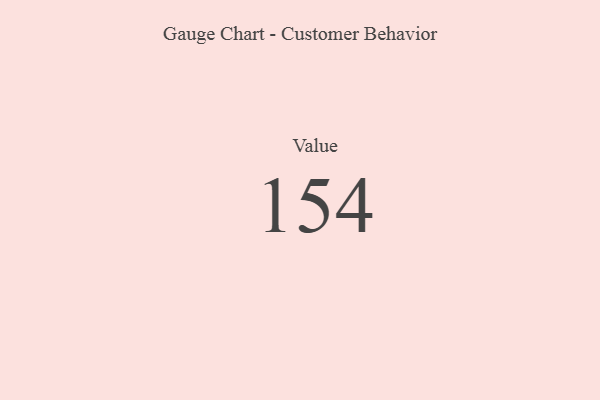
{"axis": {"x": "Metric", "y": "Value"}, "legend": [""], "data": [{"x": "Value", "y": 154, "type": ""}]}